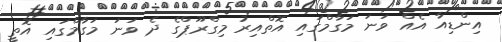
އިންޑިއާ އެއް ވަނަ މަގާމްގައި އޮތްއިރު މިގްރޫޕްގެ ދެ ވަނަ މަގާމްގައި އޮތީ